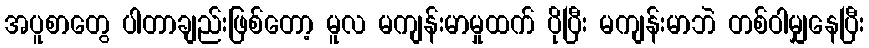
အပူစာတွေ ပါတာချည်းဖြစ်တော့ မူလ မကျန်းမာမှုထက် ပိုပြီး မကျန်းမာဘဲ တစ်ဝါမျှနေပြီး